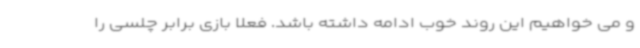
و می خواهیم این روند خوب ادامه داشته باشد. فعلا بازی برابر چلسی را